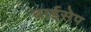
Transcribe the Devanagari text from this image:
बाईसेप